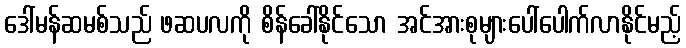
ဒေါ်မန်ဆမစ်သည် ဖဆပလကို စိန်ခေါ်နိုင်သော အင်အားစုများပေါ်ပေါက်လာနိုင်မည့်